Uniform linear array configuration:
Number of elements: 32
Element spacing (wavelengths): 0.75
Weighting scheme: blackman
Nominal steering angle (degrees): -30
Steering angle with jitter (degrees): -29.69
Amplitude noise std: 0.05
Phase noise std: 0.05

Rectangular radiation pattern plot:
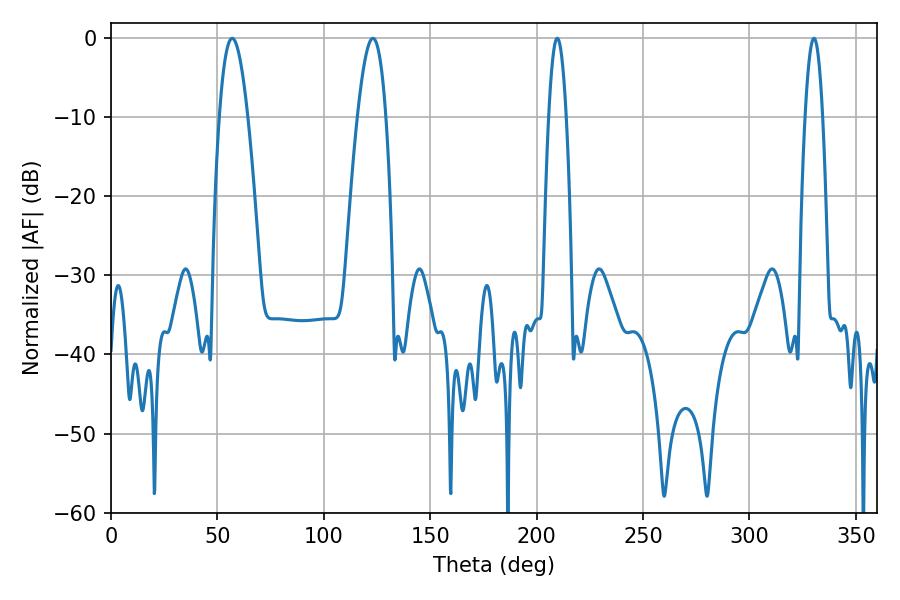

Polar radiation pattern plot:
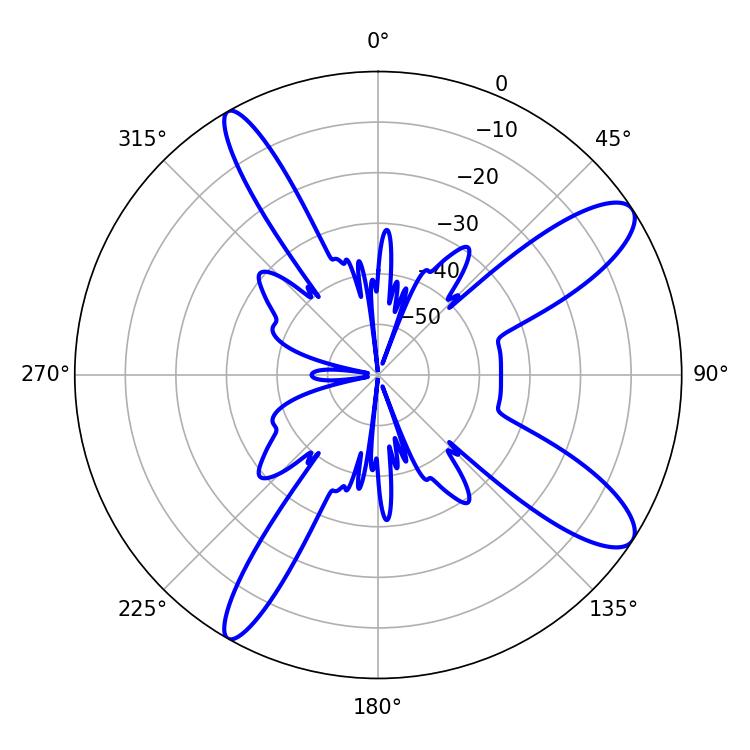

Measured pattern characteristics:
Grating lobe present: TRUE
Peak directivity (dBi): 11.334
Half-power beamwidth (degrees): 4.5
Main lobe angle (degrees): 209.7